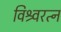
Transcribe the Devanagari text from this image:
विश्र्वरत्न